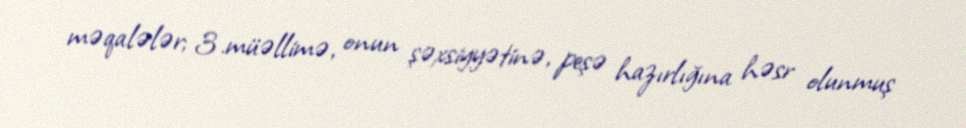
məqalələr; 3.müəllimə, onun şəxsiyyətinə, peşə hazırlığına həsr olunmuş